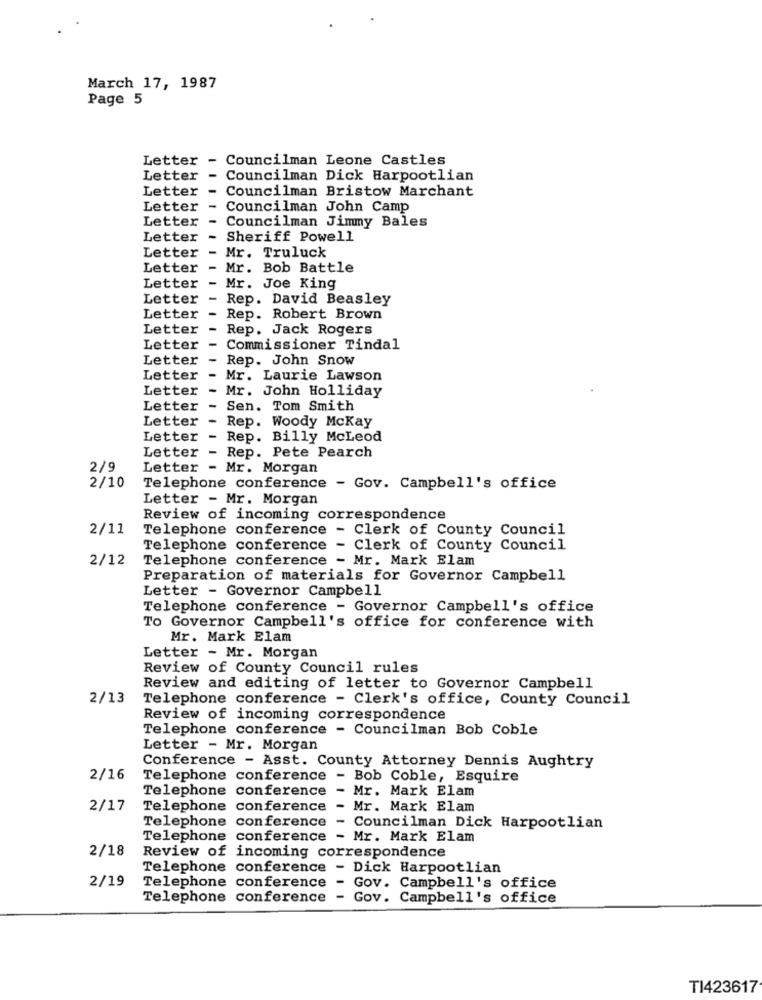
March 17, 1987
Page 5
Letter - Councilman Leone Castles
Letter
-
Councilman Dick Harpootlian
Letter
-
Councilman Bristow Marchant
Letter
Councilman John Camp
Letter
Councilman Jimmy Bales
Letter
Sheriff Powell
Mr. Truluck
Letter
Letter
Mr. Bob Battle
Letter
Mr. Joe King
Letter
Rep. David Beasley
Letter
Rep. Robert Brown
Letter
Rep. Jack Rogers
Letter
Commissioner Tindal
Letter
Rep. John Snow
Letter -
Mr. Laurie Lawson
Letter
- Mr. John Holliday
Letter - Sen. Tom Smith
Letter - Rep. Woody Mckay
Letter - Rep. Billy McLeod
Letter - Rep. Pete Pearch
2/9
Letter - Mr. Morgan
2/10
Telephone conference - Gov. Campbell's office
Letter - Mr. Morgan
Review of incoming correspondence
2/11
Telephone conference - Clerk of County Council
Telephone conference - Clerk of County Council
2/12
Telephone conference - Mr. Mark Elam
Preparation of materials for Governor Campbell
Letter - Governor Campbell
Telephone conference - Governor Campbell's office
To Governor Campbell's office for conference with
Mr. Mark Elam
Letter - Mr. Morgan
Review of County Council rules
Review and editing of letter to Governor Campbell
2/13
Telephone conference - Clerk's office, County Council
Review of incoming correspondence
Telephone conference - Councilman Bob Coble
Letter - Mr. Morgan
Conference - Asst. County Attorney Dennis Aughtry
2/16
Telephone conference - Bob Coble, Esquire
Telephone conference - Mr. Mark Elam
2/17
Telephone conference
- Mr. Mark Elam
Telephone conference
- Councilman Dick Harpootlian
Telephone conference - Mr. Mark Elam
2/18
Review of incoming correspondence
Telephone conference - Dick Harpootlian
2/19
Telephone conference - Gov. Campbell's office
Telephone conference - Gov. Campbell's office
TI423617